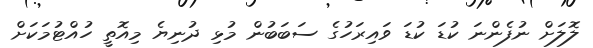
ލޮލަށް ނުފެންނަ ކުޑަ ކުޑަ ވައިރަހުގެ ސަބަބުން މުޅި ދުނިޔެ މިއޮތީ ހުއްޓުމަކަށް